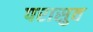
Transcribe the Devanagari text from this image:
परासुव